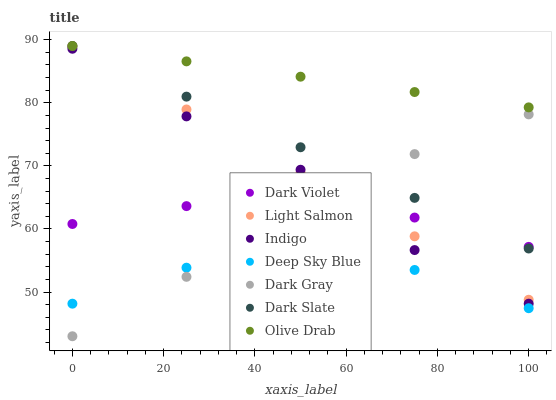
| xaxis_label | Dark Violet | Light Salmon | Indigo | Deep Sky Blue | Dark Gray | Dark Slate | Olive Drab |
 | --- | --- | --- | --- | --- | --- | --- | --- |
 | 0 | 60.8 | 89 | 88.6 | 48.2 | 43 | 89 | 89 |
 | 25 | 63.6 | 78.9 | 77.8 | 53.9 | 52.4 | 81 | 86.6 |
 | 50 | 64 | 68.9 | 69.4 | 55.6 | 61.7 | 73 | 84.1 |
 | 75 | 61.8 | 58.8 | 56.7 | 53.5 | 71.9 | 64.9 | 81.7 |
 | 100 | 57.2 | 48.8 | 48.2 | 47.4 | 78.2 | 56.9 | 79.3 |